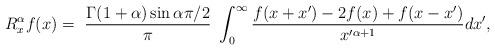
LaTeX: \begin{align*}R_{x}^{\alpha}f(x)=\ \frac{\Gamma(1+\alpha)\sin\alpha\pi/2}{\pi}\ \int_{0}^{\infty}\frac{f(x+x^{\prime})-2f(x)+f(x-x^{\prime})}{x^{\prime\alpha+1}}dx^{\prime},\end{align*}